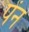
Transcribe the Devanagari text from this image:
पेंन